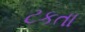
ટકતા